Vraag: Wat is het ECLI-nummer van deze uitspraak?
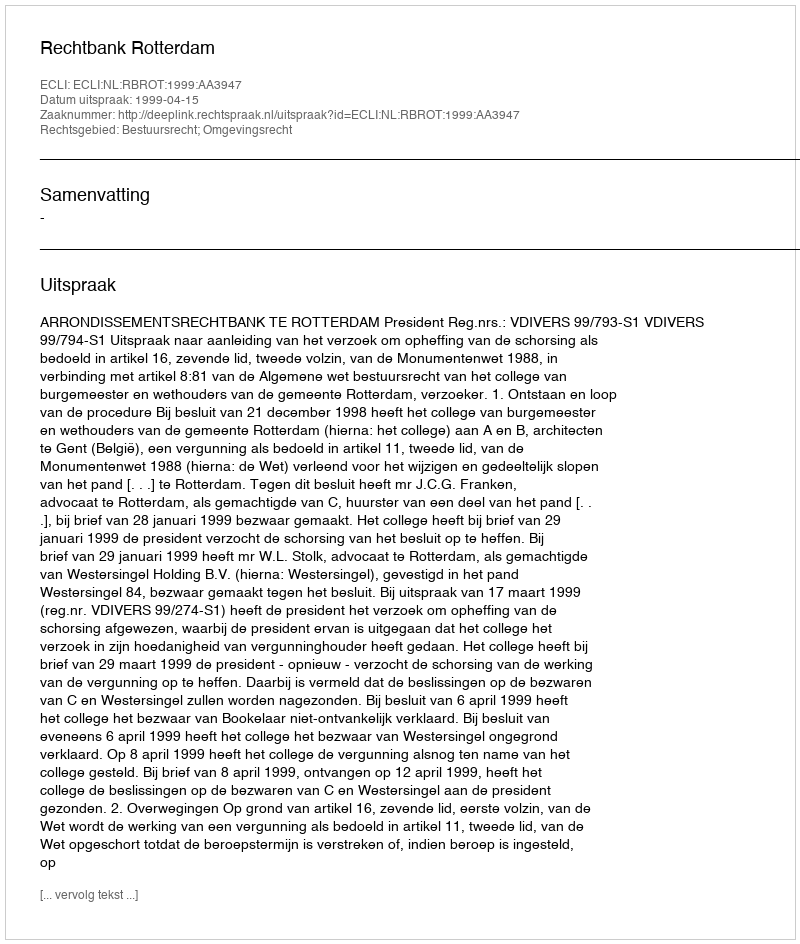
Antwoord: ECLI:NL:RBROT:1999:AA3947